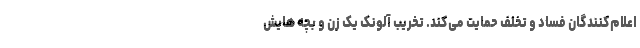
اعلام‌کنندگان فساد و تخلف حمایت می‌کند. تخریب آلونک یک زن و بچه هایش